Annual statistical returns and brief notes on vaccination in Bengal - 1909-1929
Year: 1909
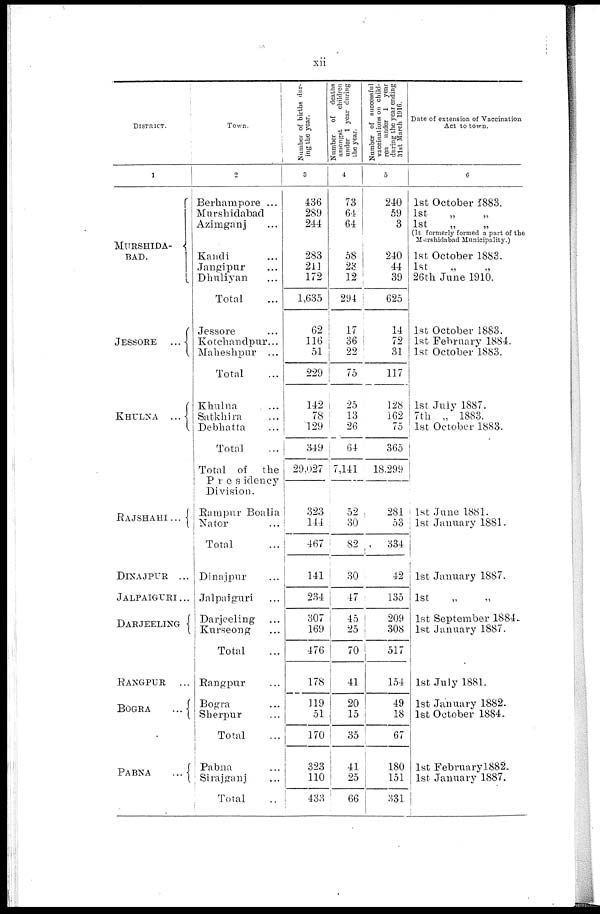
xii
DISTRICT.
1
MURSHIDA-
BAD.
JESSORE
...
KHULNA ...
RAJSHAHI...
DINAJPUR ...
JALPAIGURI ...
DARJEELING
RANGPUR
...
BOGRA
...
PABNA
...
Town.
2
Berhampore ...
Murshidabad ...
Azimganj ...
Kandi ...
Jangipur ...
Dhuliyan ...
Total ...
Jessore ...
Kotchandpur...
Maheshpur ...
Total ...
Khulna
...
Satkhira ...
Debhatta ...
Total ...
Total of the
Presidency
Division.
Rampur Boalia
Nator ...
Total ...
Dinajpur ...
Jalpaiguri ...
Darjeeling ...
Kurseong ...
Total ...
Rangpur ...
Bogra ...
Sherpur ...
Total ...
Pabna ...
Sirajganj ...
Total ...
Number of births dur-
ing the year.
3
436
289
244
283
211
172
1,635
62
116
51
229
142
78
129
349
29,027
323
144
467
141
234
307
169
476
178
119
51
170
323
110
433
Number
of deaths
amongst
children
under 1 year during
the year.
4
73
64
64
58
23
12
294
17
36
22
75
25
13
26
64
7,141
52
30
82
30
47
45
25
70
41
20
15
35
41
25
66
Number of successful
vaccinations on child-
ren under 1 year
during the year ending
31st March 1916.
5
240
59
3
240
44
39
625
14
72
31
117
128
162
75
365
18,299
281
53
334
42
135
209
308
517
154
49
18
67
180
151
331
Date of extension of Vaccination.
Act to town.
6
1st October 1883.
1st „ „
1st „ „
(It formerly formed a part of the
Murshidabad Municipality.)
1st October 1883.
1st „ „
26th June 1910.
1st October 1883.
1st February 1884,
1st October 1883.
1st July 1887.
7th „ 1883.
1st October 1883.
1st June 1881.
1st January 1881.
1st January 1887.
1st
„
„
1st September 1884.
1st January 1887.
1st July 1881.
1st January 1882.
1st October 1884..
1st Februaryl882.
1st January 1887.